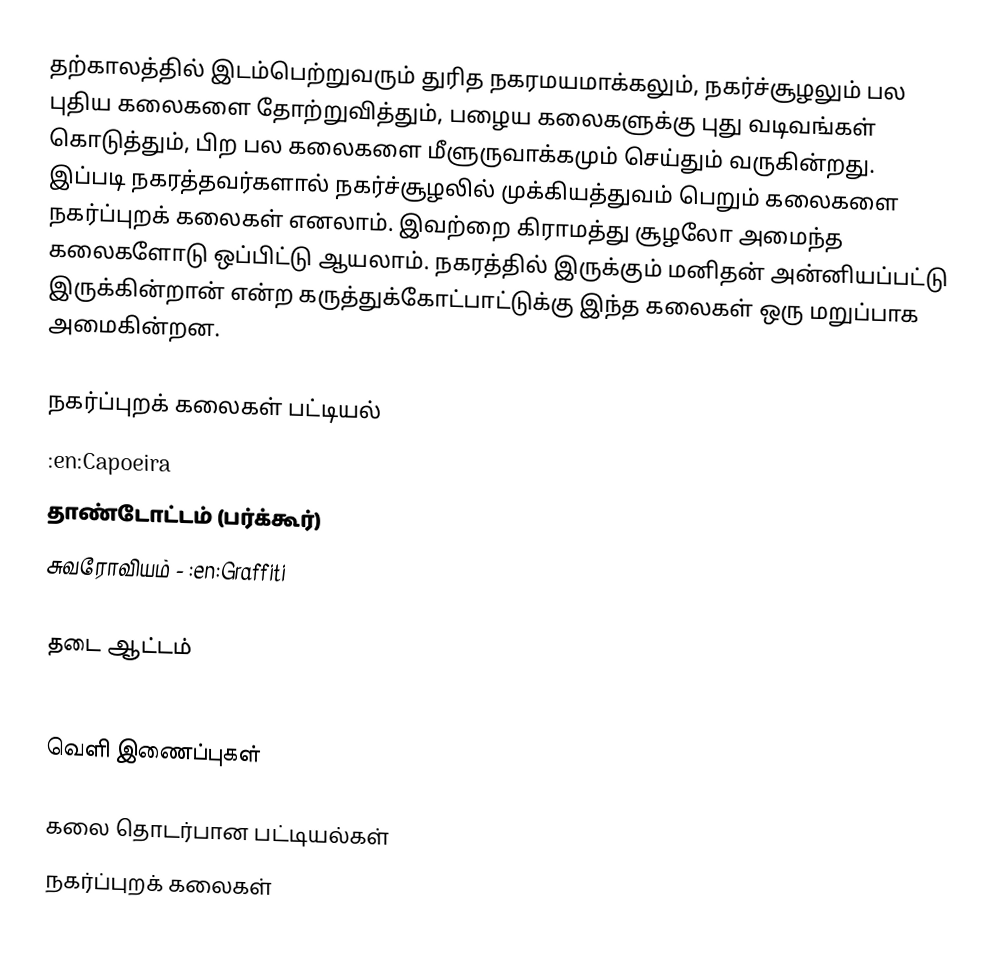
தற்காலத்தில் இடம்பெற்றுவரும் துரித நகரமயமாக்கலும், நகர்ச்சூழலும் பல புதிய கலைகளை தோற்றுவித்தும், பழைய கலைகளுக்கு புது வடிவங்கள் கொடுத்தும், பிற பல கலைகளை மீளுருவாக்கமும் செய்தும் வருகின்றது.  இப்படி நகரத்தவர்களால் நகர்ச்சூழலில் முக்கியத்துவம் பெறும் கலைகளை நகர்ப்புறக் கலைகள் எனலாம்.  இவற்றை கிராமத்து சூழலோ அமைந்த கலைகளோடு ஒப்பிட்டு ஆயலாம்.  நகரத்தில் இருக்கும் மனிதன் அன்னியப்பட்டு இருக்கின்றான் என்ற கருத்துக்கோட்பாட்டுக்கு இந்த கலைகள் ஒரு மறுப்பாக அமைகின்றன.

நகர்ப்புறக் கலைகள் பட்டியல்
 :en:Capoeira
 தாண்டோட்டம் (பர்க்கூர்)
 சுவரோவியம் - :en:Graffiti
 :en:Robot-sumo, :en:Robot competition
 தடை ஆட்டம்
 :en:Skateboarding, :en:Roller skating

வெளி இணைப்புகள்

கலை தொடர்பான பட்டியல்கள்
நகர்ப்புறக் கலைகள்